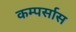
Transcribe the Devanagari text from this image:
कम्पर्सास